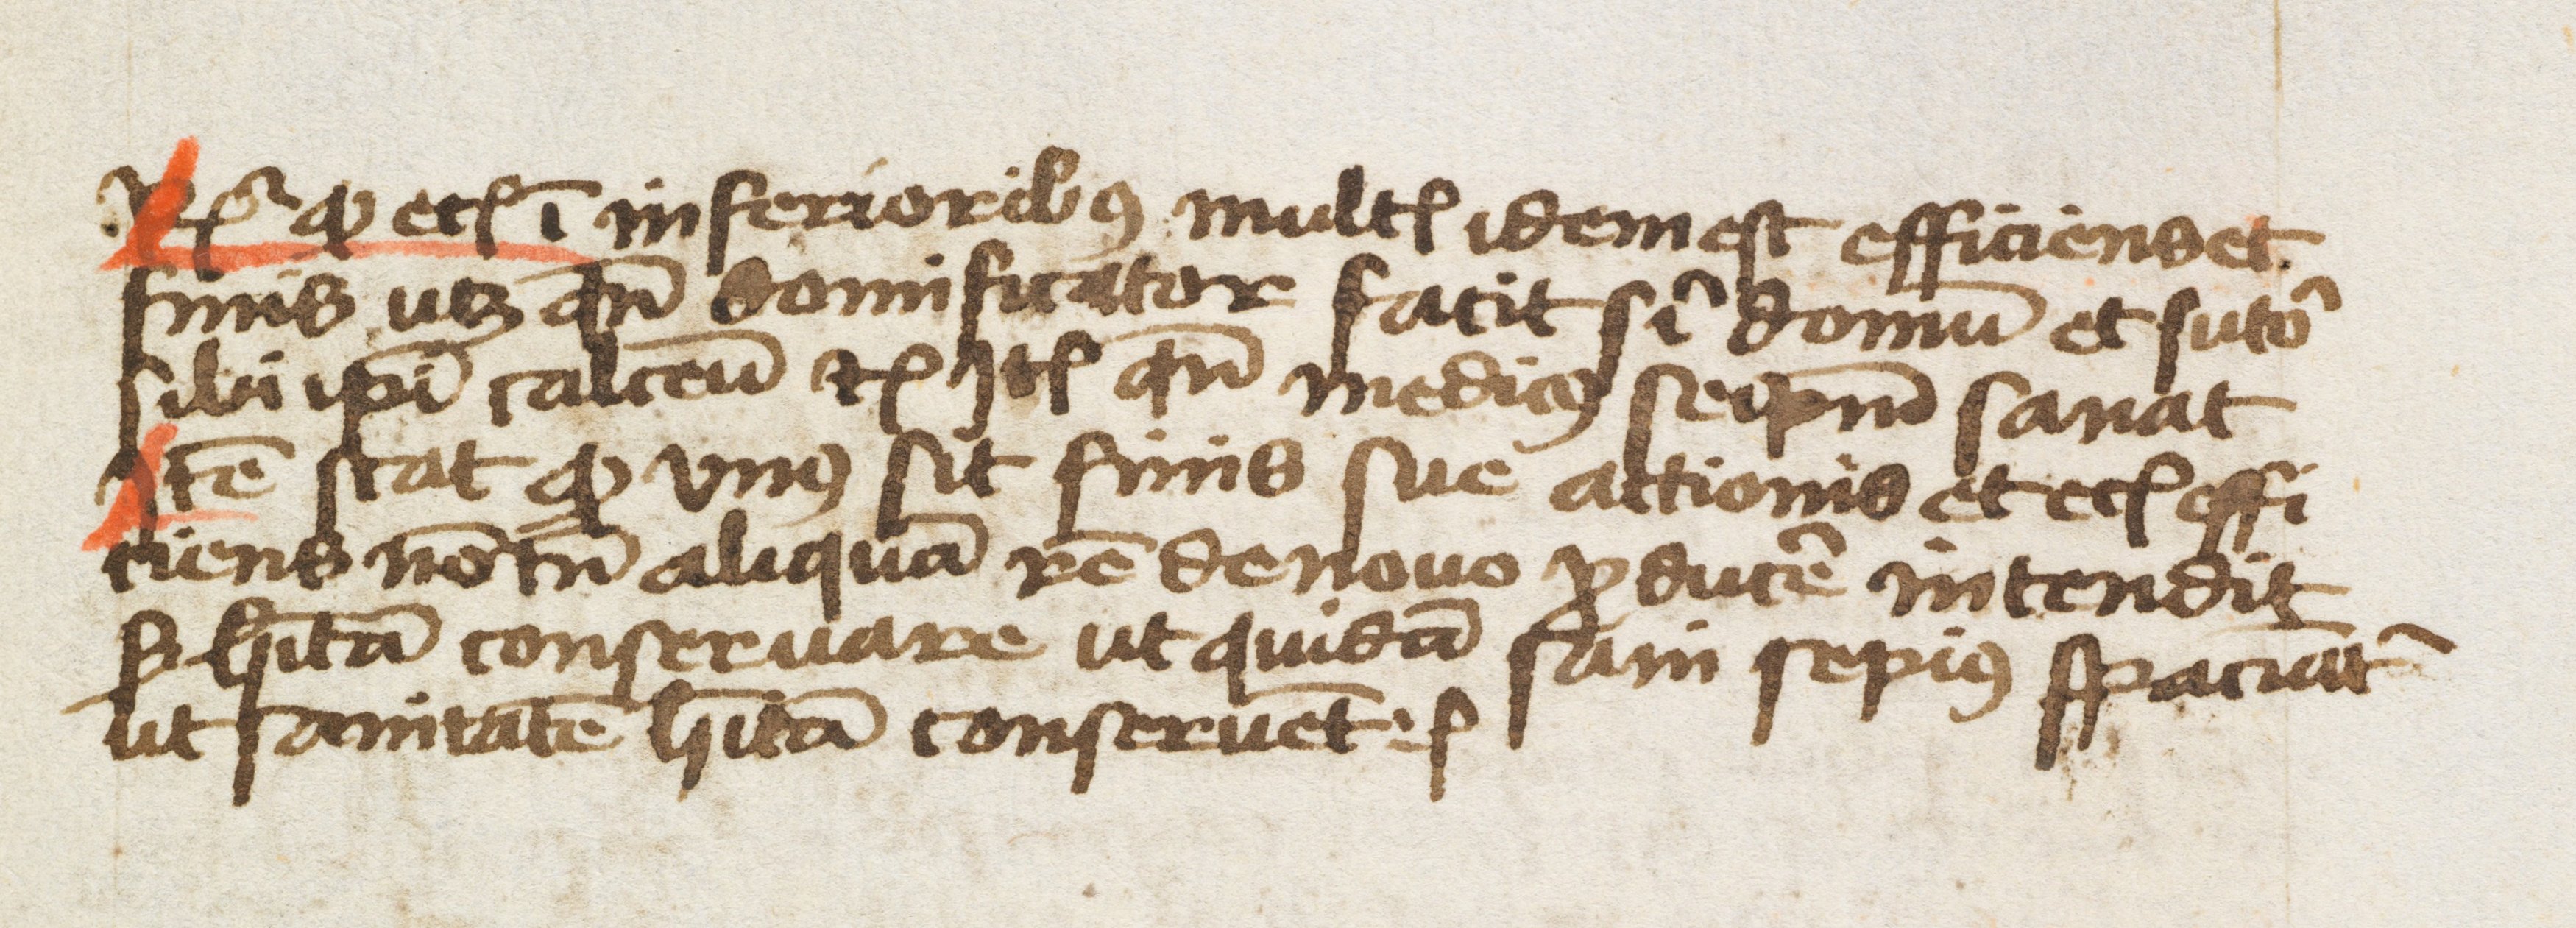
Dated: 1459–1459